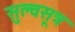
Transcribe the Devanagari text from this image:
सुल्वसूत्र